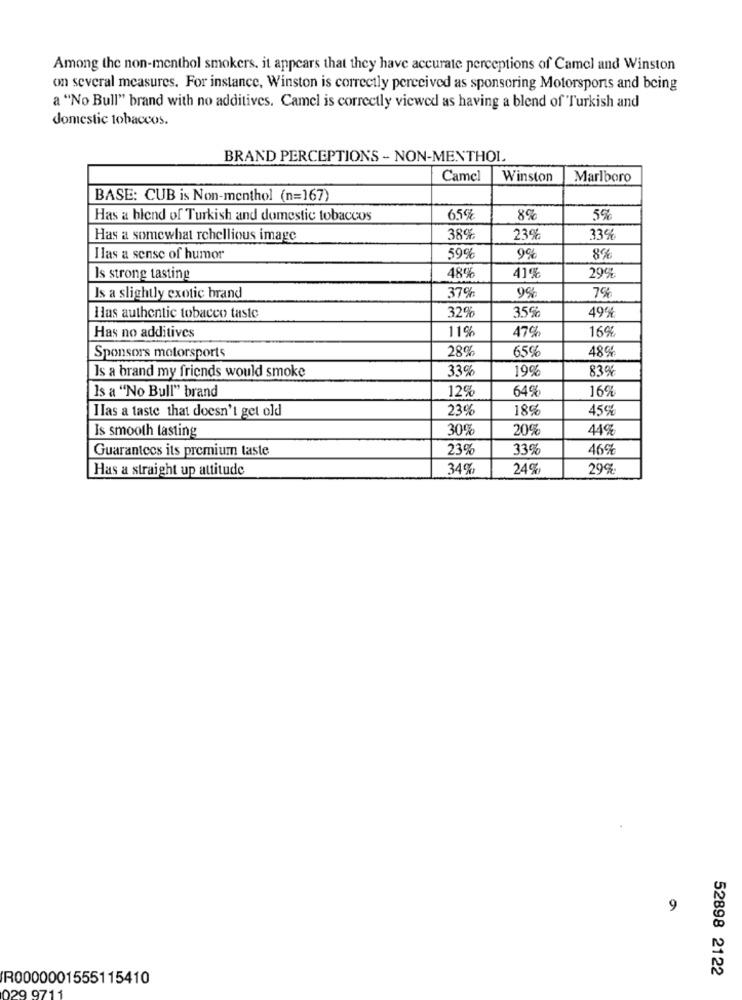
Among the non-menthol smokers. it appears that they have accurate perceptions of Camel and Winston
on several measures. For instance, Winston is correctly perceived as sponsoring Motorsports and being
a "No Bull" brand with no additives. Camel is correctly viewed as having a blend of Turkish and
domestic tobaccos.
BRAND PERCEPTIONS - NON-MENTHOL
Camel
Winston
Marlboro
BASE: CUB is Non-menthol (n=167)
Has a blend of Turkish and domestic tobaccos
65%
8%
5%
Has a somewhat rehellious image
38%
23%
33%
Hlas a sense of humor
59%
9%
8%
Is strong tasting
48%
41%
29%
7%
Is a slightly exotic brand
37%
99
Has authentic tobacco taste
32%
35%
49%
11%
16%
Has no additives
47%
28%
48%
Sponsors motorsports
65%
Is a brand my friends would smoke
33%
19%
83%
Is a "No Bull" brand
12%
64%
16%
Ilas a taste that doesn't get old
23%
18%
45%%
Is smooth tasting
30%
20%
44%
Guarantees its premium taste
23%
33%
46%
Has a straight up attitude
34%
24%
29%
9
52898 2122
R0000001555115410
029 9711